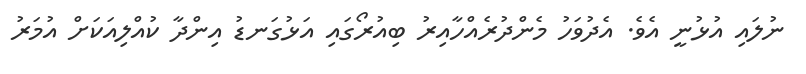
ނުލައި އުޅުނީ އެވެ. އެދުވަހު މެންދުރެއްހާއިރު ބިއުރޯގައި އަޅުގަނޑު އިންދާ ކުއްލިއަކަށް އުމަރު